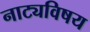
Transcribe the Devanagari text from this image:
नाट्यविषय